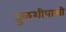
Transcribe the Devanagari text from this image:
तुळशीपाशी